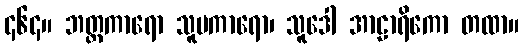
၄၆၄။ ဘတ္တကာရော သူပကာရော၊ သူဒေါ အာဠာရိကော တထာ။